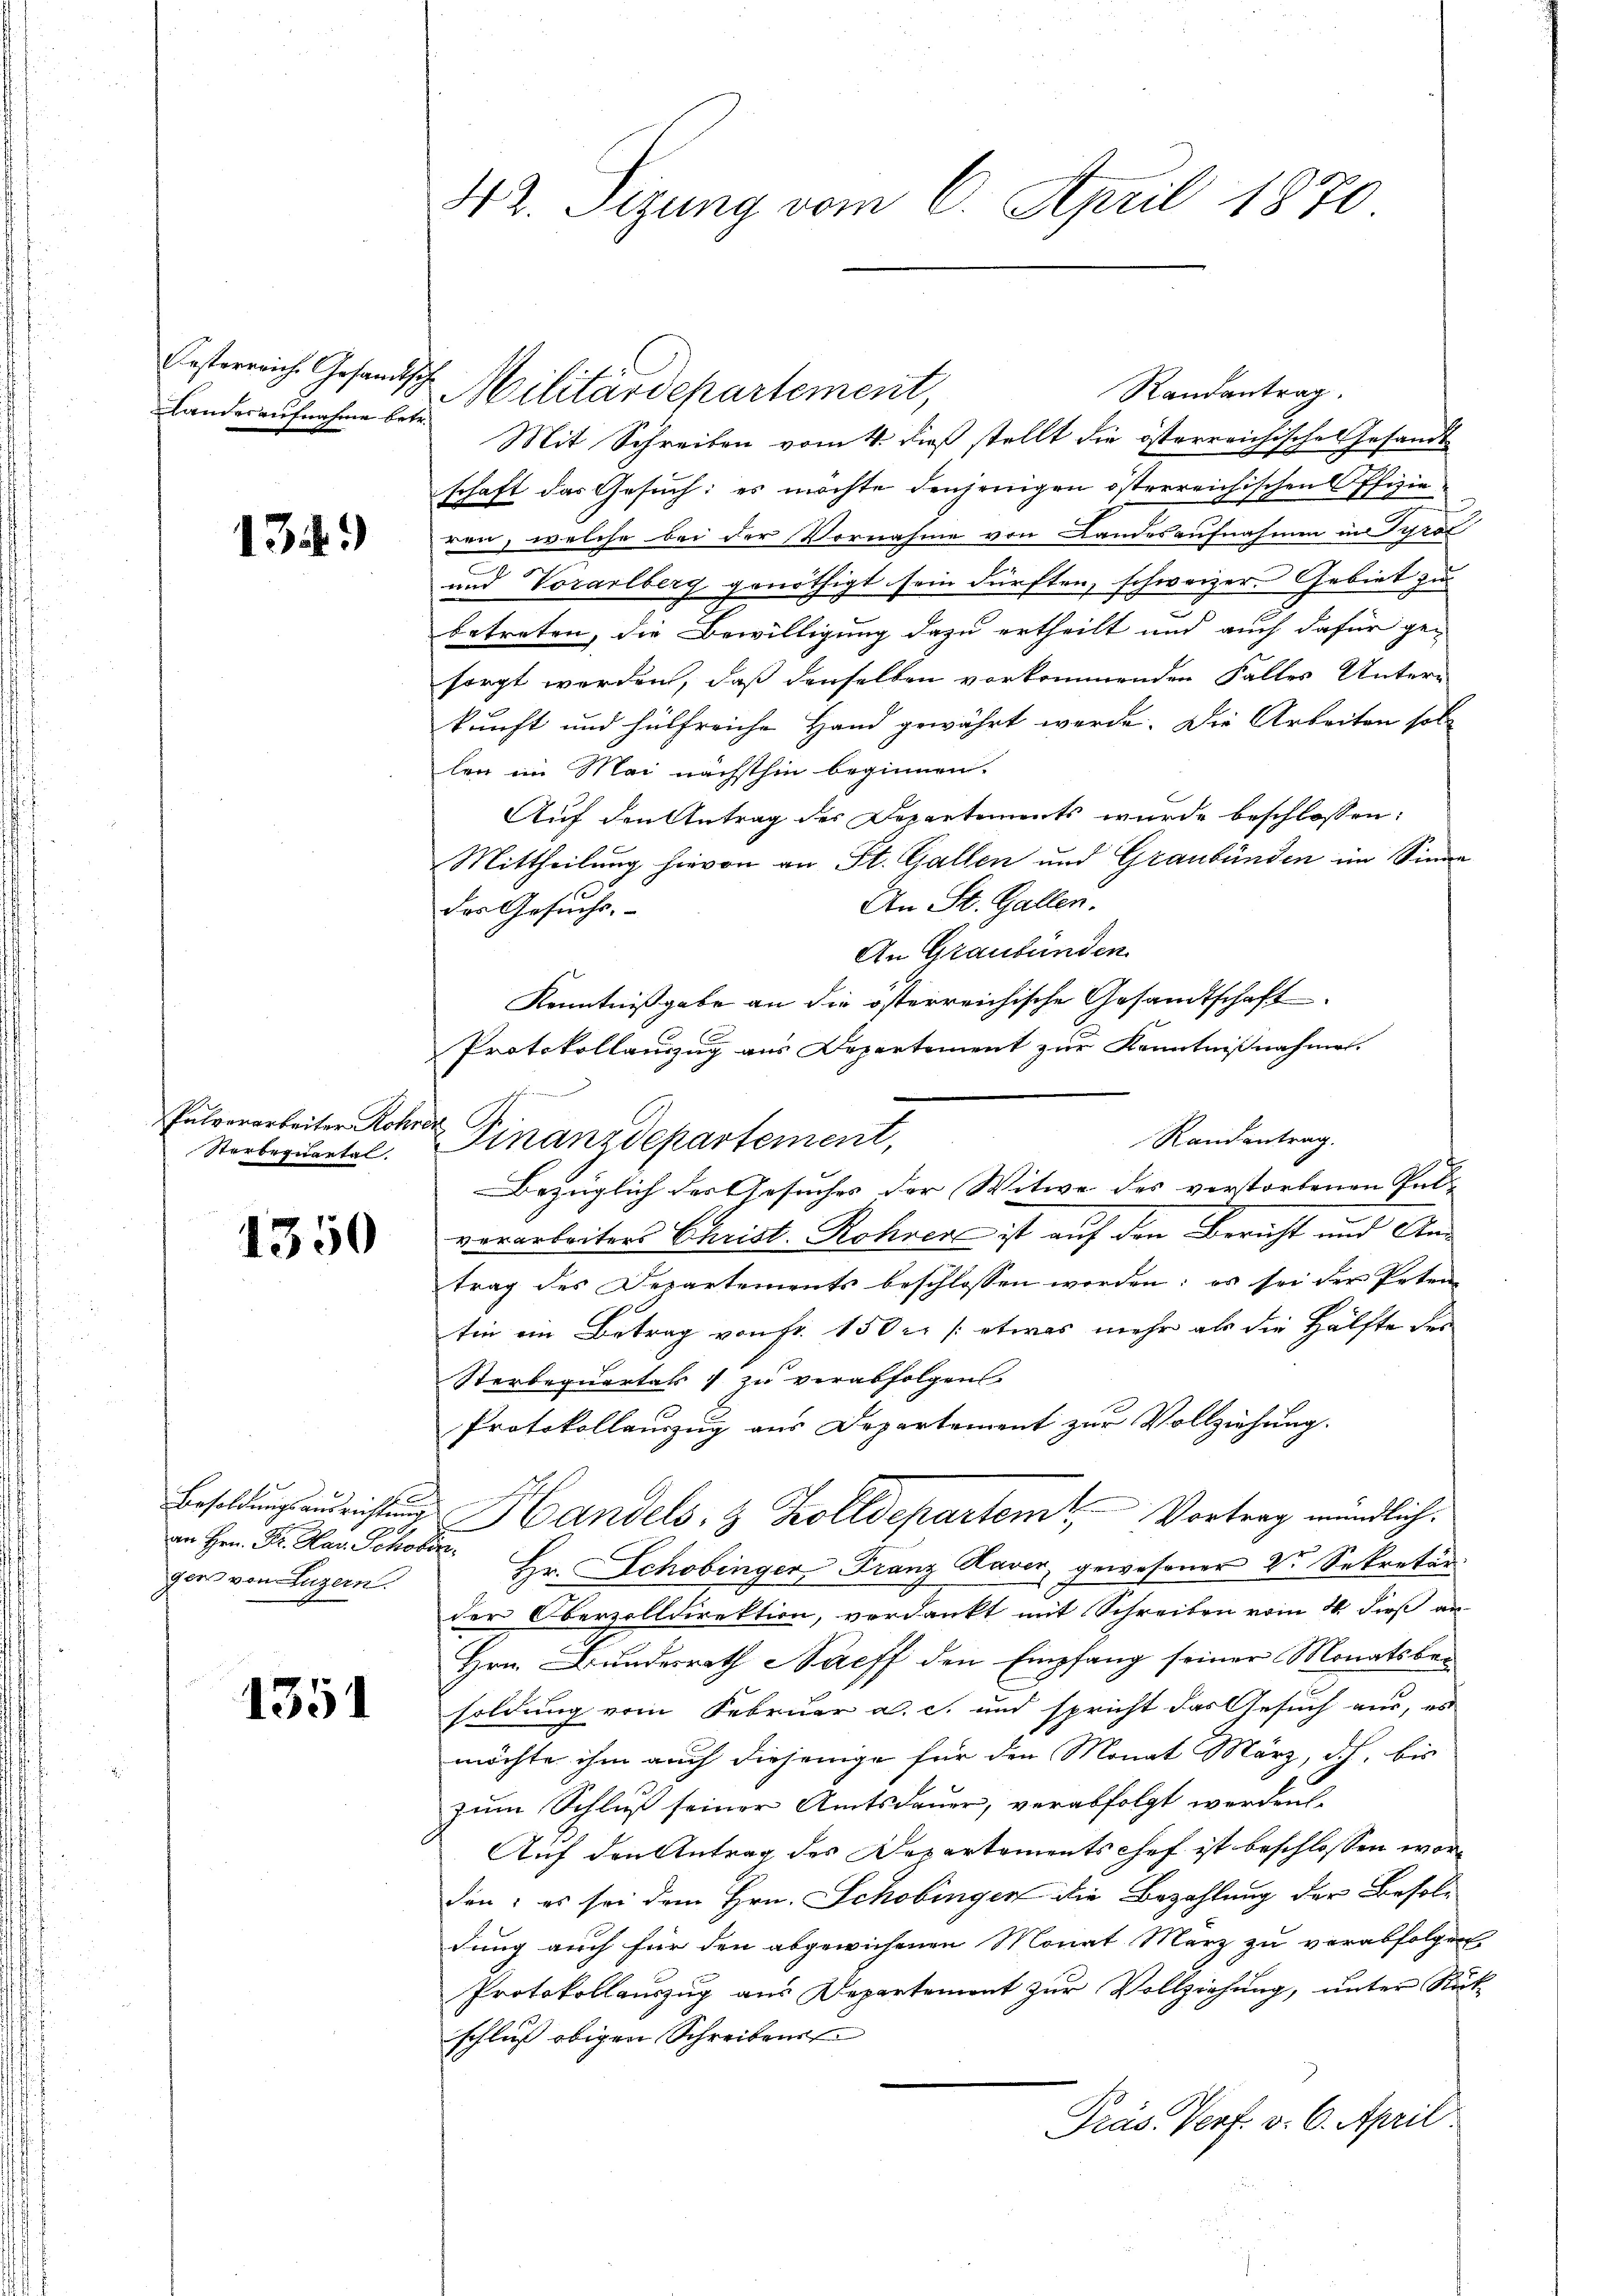
Oesterreiche Gesandtsch
Landes aufnahme betr.

1349

Eutverarbeiter Rohrer
Sterbrquartal.

1350

Besoldungsausrichtung
an Hrn. Dr. Har. Schobe
ger von Luzern.

1351

42. Sizung vom 6. April 1870

Randantrag.
Militärdepartement,
Mit Schreiben vom 4. dieß stellt die österreichisches Gesandt
schaft das Gesuch: es möchte denjenigen österreichischen Offizieren, welche bei der Vornahme von Landesaufnahmen in Tyrol
und Vorarlberg genöthigt sein dürften, schweizer Gebiet zu
betreten, die Bewilligung dazu ertheilt und auch dafür ge-
sorgt werden, daß denselben vorkommenden Falles Unter-
kunft und hülfreiche Hand gewährt werde. Die Arbeiten sol-
len im Mai nächsthin beginnen.
Auf den Antrag der Departements wurde beschlossen:
Mittheilung hievon an St. Gallen und Graubünden im Sinne
An St. Gallen.
des Gesuchs.
An Graubünden.
Kenntnißgabe an die österreichische Gesandtschaft
Protokollanzug aus Departement zur Kenntnißnahmen.
Randantrag.
Finanzdepartement,
Bezüglich des Gesuches der Witwe des verstorbenen Pul- |
vorarbeiters Christ. Rohrere ist auf den Bericht und Antrag des Departements beschlossen worden; es sei der Peten
tin ein Betrag von Fr. 150 r. /: etwas mehr als die Hälfte des
Sterbequartals zu verabfolgen.
Protokollauszug aus Departement zur Vollziehung.
Handels- & Zolldepartem Vortrag mündlich.
 Hr. Schobinger Franz Kaver gewesener Dr. Sekretär
der Obervolldirektion, verdankt mit Schreiben vom 4. dieß an
Hrn. Bundesrath Paeff den Empfang seiner Monatsbeisoldung vom Februar a. c. und spricht das Gesuch aus, es
möchte ihm auch diejenige für den Monat März, dich, bis
zum Schluß seiner Amtsdauer, verabfolgt werden.
Auf den Antrag des Departementschef ist beschlossen worden; es sei dem Hrn. Schobingen die Bezahlung der Besoldung auch für den abgewichenen Monat Merz zu verabfolgen
Protokollauszug aus Departement zur Vollziehung, unter Rück-
schluß obigen Schreibens
Präs. Perf. v. 6. April